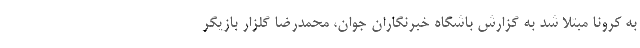
به کرونا مبتلا شد به گزارش باشگاه خبرنگاران جوان، محمدرضا گلزار بازیگر